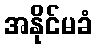
အနိုင်မခံ